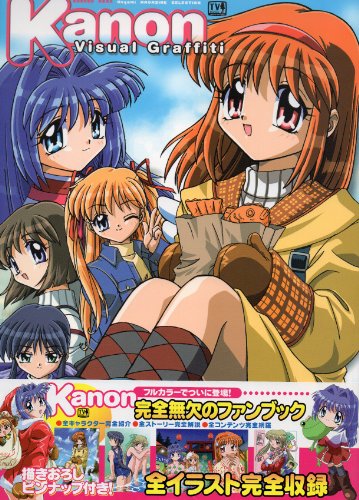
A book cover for Kanon Visual Graffiti Art Book Megami Magazine Collection; Various; Arts & Photography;